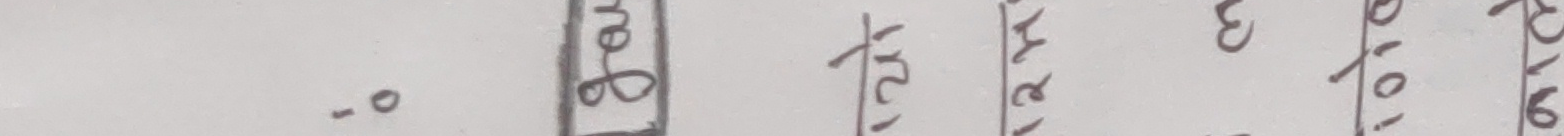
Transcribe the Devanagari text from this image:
ताकेयरु ३/०७/०६